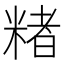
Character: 𬖡